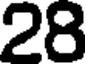
28